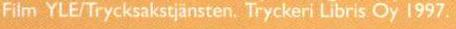
 Film YLE/Trycksakstjänsten. Tryckeri Libris Oy 1997.